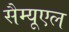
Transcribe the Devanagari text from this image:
सैम्‍यूएल